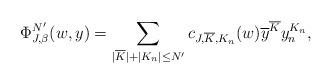
LaTeX: \begin{align*} \Phi_{J, \beta}^{N'}(w, y) = \sum_{|\overline{K}| + |K_n| \leq N'} c_{J, \overline{K}, K_n}(w)\overline{y}^{\overline{K}}y_n^{K_n},\end{align*}